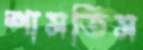
শাসতিস